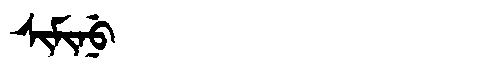
Manchu: ᠰᡳᠮᡳᠨᡠ
Romanization: SIMINU